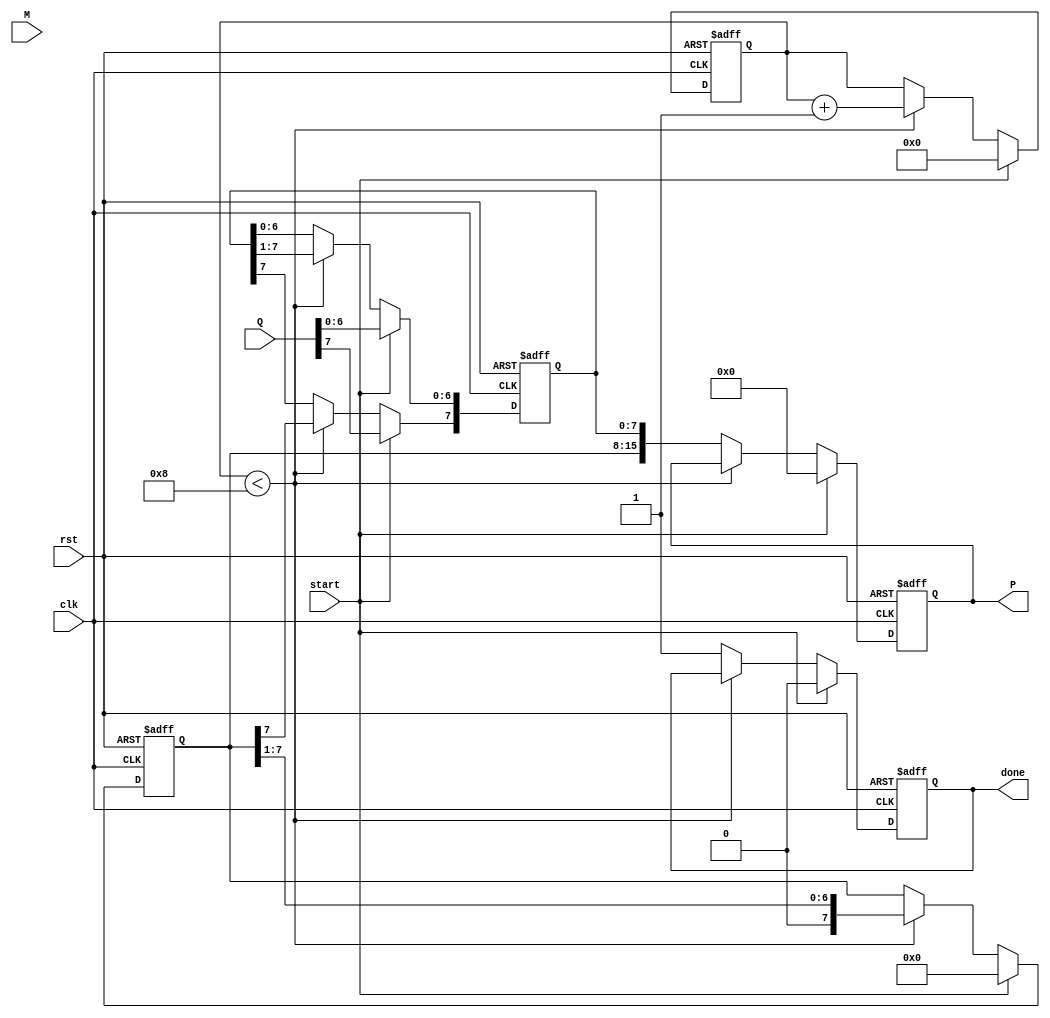
module booth_multiplier #(parameter N = 8) (
    input signed [N-1:0] M,          // Multiplicand
    input signed [N-1:0] Q,          // Multiplier
    input start,                     // Start signal
    input clk,                       // Clock signal
    input rst,                       // Reset signal
    output reg signed [2*N-1:0] P,   // Product output
    output reg done                  // Done signal
);

    reg signed [N-1:0] A;            // Accumulator
    reg [N-1:0] Q_reg;                // Multiplier register
    reg Q_1;                          // Previous Q bit
    reg [3:0] count;                  // Counter for iterations

    // State machine for Booth's algorithm
    always @(posedge clk or posedge rst) begin
        if (rst) begin
            A <= 0;
            Q_reg <= 0;
            Q_1 <= 0;
            P <= 0;
            count <= 0;
            done <= 0;
        end else if (start) begin
            // Initialization
            A <= 0;
            Q_reg <= Q;
            Q_1 <= 0;
            P <= 0;
            count <= 0;
            done <= 0;
        end else if (count < N) begin
            // Booth's algorithm
            case ({Q_reg[0], Q_1})
                2'b01: A <= A + M;          // A = A + M
                2'b10: A <= A - M;          // A = A - M
                default: A <= A;            // No operation
            endcase
            
            // Arithmetic right shift
            {A, Q_reg} <= {A, Q_reg} >> 1;
            Q_reg[N-1] <= A[N-1];           // Preserve sign bit
            Q_1 <= Q_reg[0];                // Update Q-1

            // Increment the count
            count <= count + 1;
        end else begin
            // Final product
            P <= {A, Q_reg};                // Combine A and Q for final product
            done <= 1;                      // Indicate multiplication is done
        end
    end
endmodule